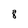
Character: 8